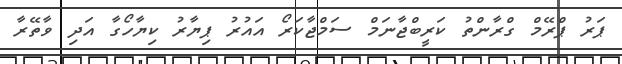
ޕަރު ޕްރޭމް ގްރާންތު ކަރީބްޖާނަމް ސަމްޖާކަރޯ އައުރު ޕިޔާރު ކިޔާހޯގާ އަދި ވާތޭރާ